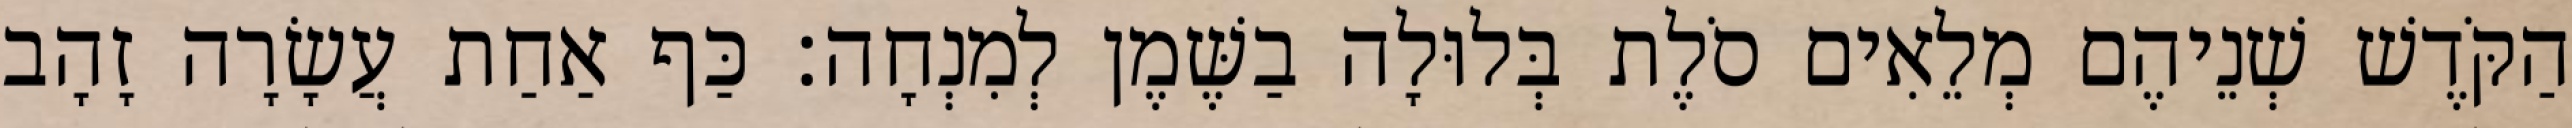
הַקֹּדֶשׁ שְׁנֵיהֶם מְלֵאִים סֹלֶת בְּלוּלָה בַשֶּׁמֶן לְמִנְחָה׃ כַּף אַחַת עֲשָׂרָה זָהָב